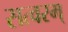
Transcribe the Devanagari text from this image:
सत्वरम्